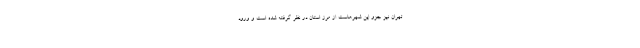
تهران نیز جزو این شهرهاست از مرز استان در نظر گرفته شده است و ورود